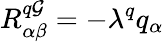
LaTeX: R_{\alpha\beta}^{q\mathcal{G}}=-\lambda^{q}q_{\alpha}